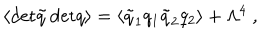
\langle \mathrm { d e t } \tilde { q } \, \mathrm { d e t } q \rangle = \langle \tilde { q } _ { 1 } q _ { 1 } \tilde { q } _ { 2 } q _ { 2 } \rangle + \Lambda ^ { 4 } \ ,